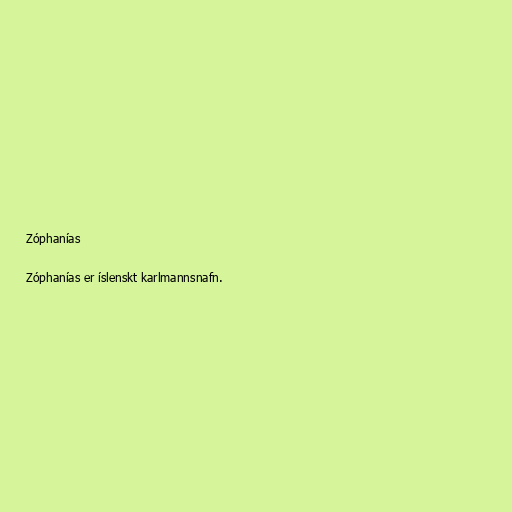
Zóphanías

Zóphanías er íslenskt karlmannsnafn.